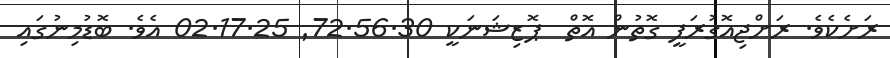
ރަށެކެވެ. ރަށްޖިއޮގުރަފީ ގޮތުން އޮތް  ޕޮޒިޝަނަކީ 72.56.30